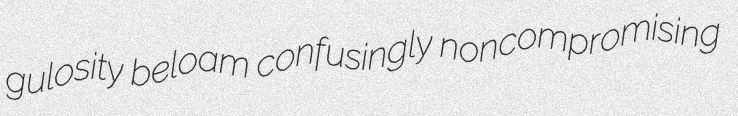
gulosity beloam confusingly noncompromising